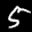
Label: 5